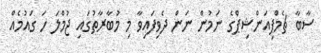
ސާބާ ޗެމްޕިއަންޝިޕްގެ ނަމުން ނަން ދެވިފައިވާ މި މުބާރާތުގައި ޖުމްލަ ހަ ގައުމެއް